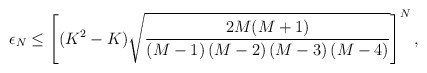
\begin{align*}\epsilon_N \leq \left[ (K^2-K)\sqrt{2M(M+1) \over \left(M-1\right)\left(M-2\right)\left(M-3\right)\left(M-4\right)} \right]^N,\end{align*}